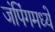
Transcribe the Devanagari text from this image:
जंपिंगमध्ये